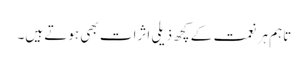
تاہم ہر نعمت کے کچھ ذیلی اثرات بھی ہوتے ہیں۔